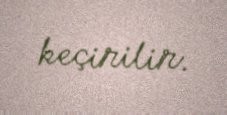
keçirilir.